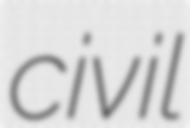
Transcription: civil